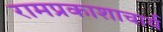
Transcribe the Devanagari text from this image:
रामप्रकाशाचार्य